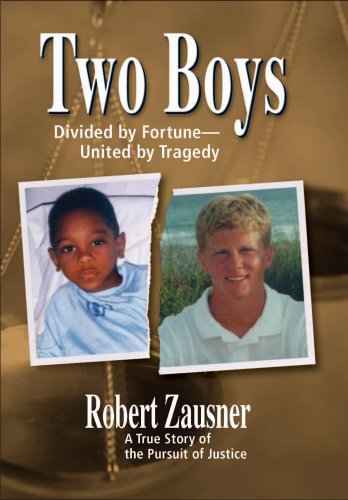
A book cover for Two Boys, Divided by Fortune, United by Tragedy: A True Story of the Pursuit of Justice; Robert Zausner; Law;